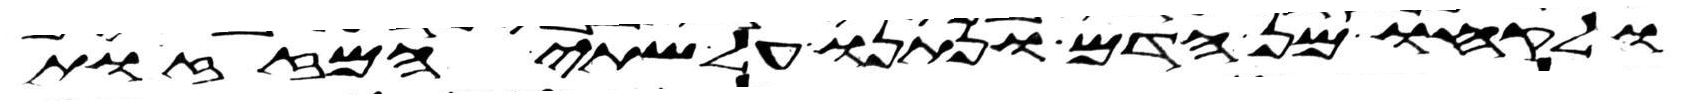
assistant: ולקחו מן הדם ונתנו על שתי המזזות